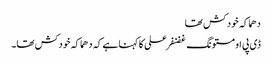
دھماکہ خودکش تھا
ڈی پی او مستونگ غضنفر علی کا کہنا ہے کہ دھماکہ خودکش تھا۔